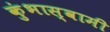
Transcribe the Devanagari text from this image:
कुंभास्वामी